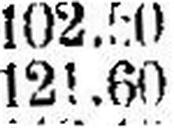
121.60